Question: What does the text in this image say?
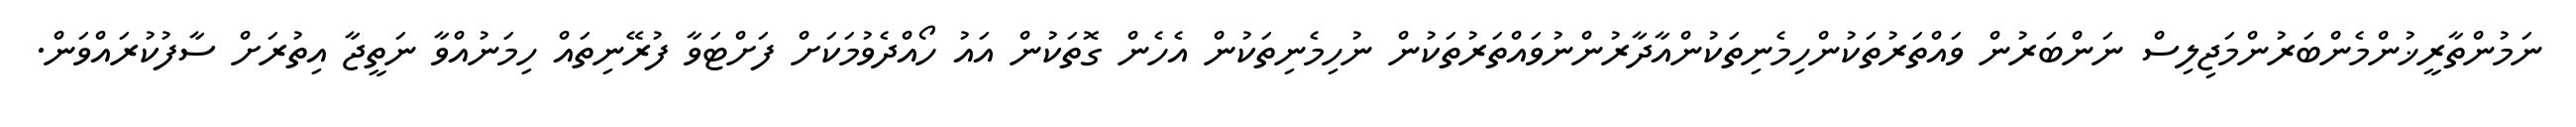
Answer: ނަމުންތާރީޚުންމެންބަރުންމަޖިލިސް ނަންބަރުން ވައްތަރުތަކުންހިމެނިތަކުންއާދާރުންނުވައްތަރުތަކުން ނުހިމެނިތަކުން އެހެން ގޮތަކުން އައު ހޯއްދެވުމަކަށް ފަށްޓަވާ ފުރޭނިތައް ހިމަނުއްވާ ނަތީޖާ އިތުރަށް ސާފުކުރައްވަން.